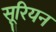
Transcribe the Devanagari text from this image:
सूरियन